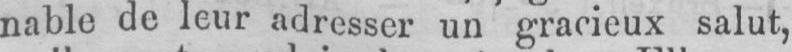
salut,